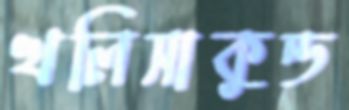
খলিসাকুন্ড